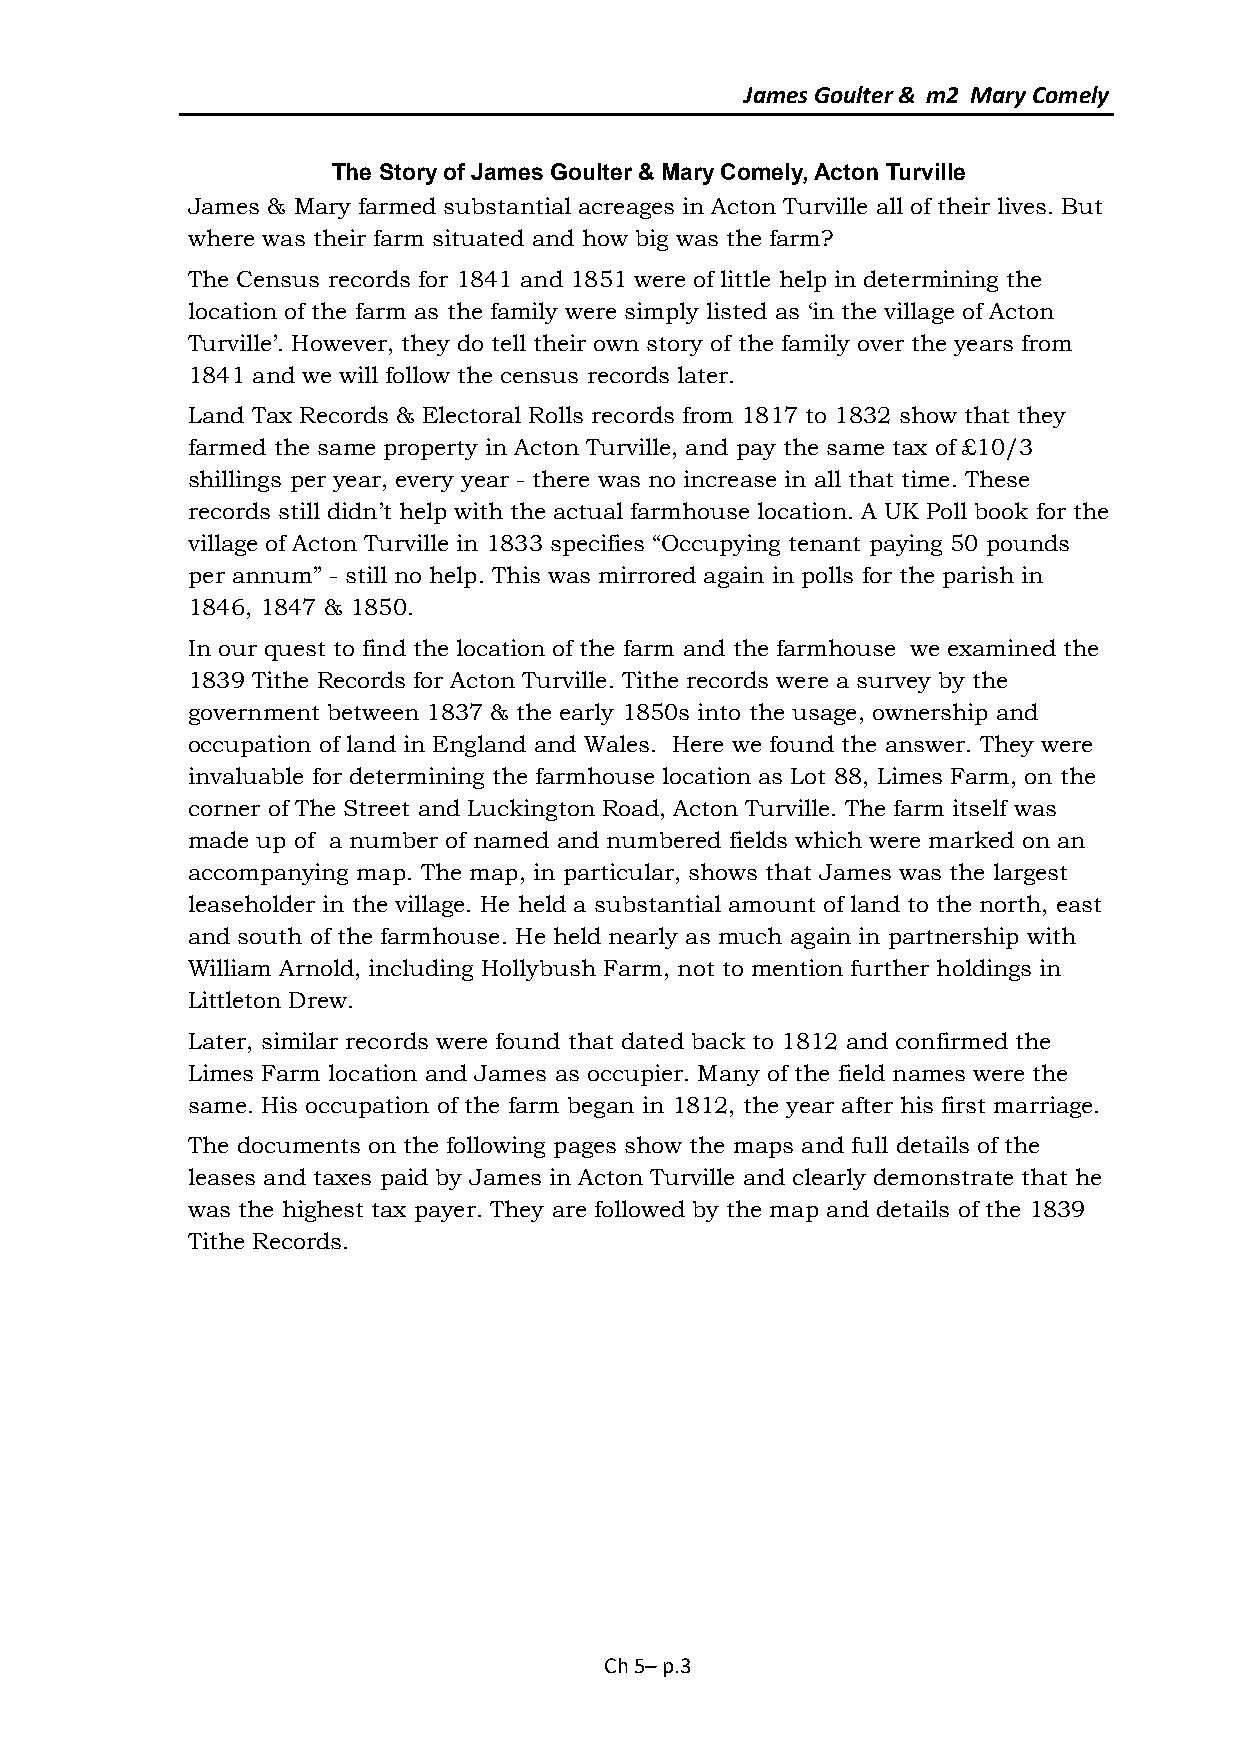
James Goulter & m2 Mary Comely
 The Story of James Goulter & Mary Comely, Acton Turville
 James & Mary farmed substantial acreages in Acton Turville all of their lives. But
 where was their farm situated and how big was the farm?
 The Census records for 1841 and 1851 were of little help in determining the
 location of the farm as the family were simply listed as ‘in the village of Acton
 Turville’. However, they do tell their own story of the family over the years from
 1841 and we will follow the census records later.
 Land Tax Records & Electoral Rolls records from 1817 to 1832 show that they
 farmed the same property in Acton Turville, and pay the same tax of £10/3
 shillings per year, every year - there was no increase in all that time. These
 records still didn’t help with the actual farmhouse location. A UK Poll book for the
 village of Acton Turville in 1833 specifies “Occupying tenant paying 50 pounds
 per annum” - still no help. This was mirrored again in polls for the parish in
 1846, 1847 & 1850.
 In our quest to find the location of the farm and the farmhouse we examined the
 1839 Tithe Records for Acton Turville. Tithe records were a survey by the
 government between 1837 & the early 1850s into the usage, ownership and
 occupation of land in England and Wales. Here we found the answer. They were
 invaluable for determining the farmhouse location as Lot 88, Limes Farm, on the
 corner of The Street and Luckington Road, Acton Turville. The farm itself was
 made up of a number of named and numbered fields which were marked on an
 accompanying map. The map, in particular, shows that James was the largest
 leaseholder in the village. He held a substantial amount of land to the north, east
 and south of the farmhouse. He held nearly as much again in partnership with
 William Arnold, including Hollybush Farm, not to mention further holdings in
 Littleton Drew.
 Later, similar records were found that dated back to 1812 and confirmed the
 Limes Farm location and James as occupier. Many of the field names were the
 same. His occupation of the farm began in 1812, the year after his first marriage.
 The documents on the following pages show the maps and full details of the
 leases and taxes paid by James in Acton Turville and clearly demonstrate that he
 was the highest tax payer. They are followed by the map and details of the 1839
 Tithe Records.
 Ch 5– p.3